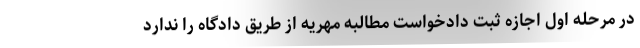
در مرحله اول اجازه ثبت دادخواست مطالبه مهریه از طریق دادگاه را ندارد